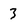
Character: 3